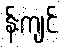
န်းကျင်